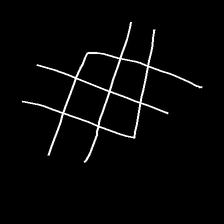
Glyph: crystal